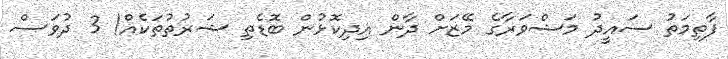
ފާތިމަތު ސައީދު މަޝްވަރާގެ މޭޒަށް ދާން އިދިކޮޅުން ބޮޑެތި ޝަރުތުތަކެއް! 3 ދުވަސް